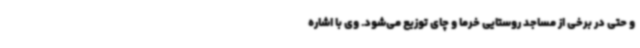
و حتی در برخی از مساجد روستایی خرما و چای توزیع می‌شود. وی با اشاره